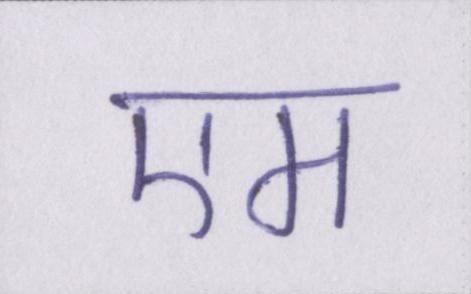
एम